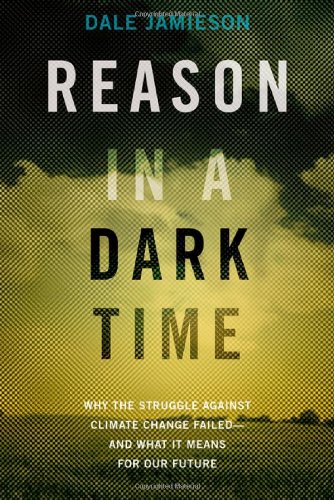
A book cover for Reason in a Dark Time: Why the Struggle Against Climate Change Failed -- and What It Means for Our Future; Dale Jamieson; Science & Math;